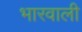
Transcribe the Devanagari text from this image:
भारवाली